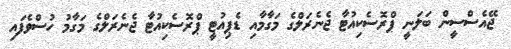
ޖޭއެސްސީން ބަލަނީ ޕްރޮސެކިއުޓާ ޖެނެރަލްގެ މަގާމާއި ޑެޕިއުޓީ ޕްރޮސެކިއުޓާ ޖެނެރަލްގެ މަގާމު ހުސްވެފައި